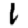
Digit: 1